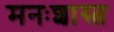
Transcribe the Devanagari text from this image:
मनःशास्त्र